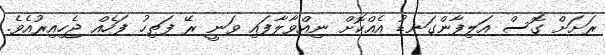
ރަށަށް ގޮސް އަލިފާންގަނޑު އެއްކޮށް ނިއްވާލާފައި ވަނީ ރޭ ފަތިހު ފަހެއް ޖެހިއިރުއެވެ.